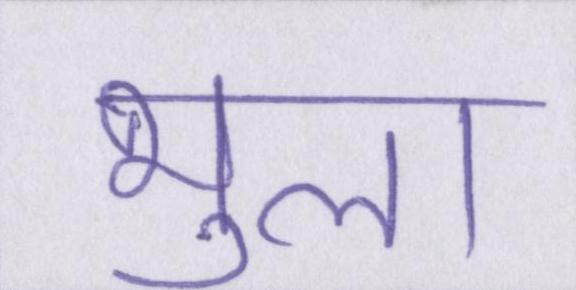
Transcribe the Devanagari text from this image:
भुला